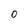
Character: 0